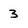
Character: 3